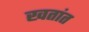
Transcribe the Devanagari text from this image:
खतांत